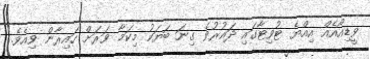
ވީޑިއޯއެއް އިއްޔެ ޓުވިޓާގައި ދައުރުވެ ގިނަ ބަޔަކު މިކަމާ ވަރަށް ހައިރާން ވިއެވެ.